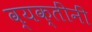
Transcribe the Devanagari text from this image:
व्यक्तींनीं